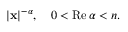
| \mathbf { x } | ^ { - \alpha } , \quad 0 < \operatorname { R e } \alpha < n .